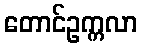
တောင်ဥက္ကလာ